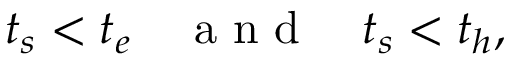
t _ { s } < t _ { e } ~ ~ ~ \mathrm { ~ a ~ n ~ d ~ } ~ ~ ~ t _ { s } < t _ { h } ,